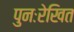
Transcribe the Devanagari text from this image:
पुनःरेखित